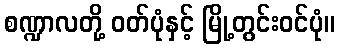
စဏ္ဍာလတို့ ဝတ်ပုံနှင့် မြို့တွင်းဝင်ပုံ။